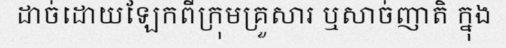
ដាច់ដោយឡែកពីក្រុមគ្រួសារ ឬសាច់ញាតិ ក្នុង